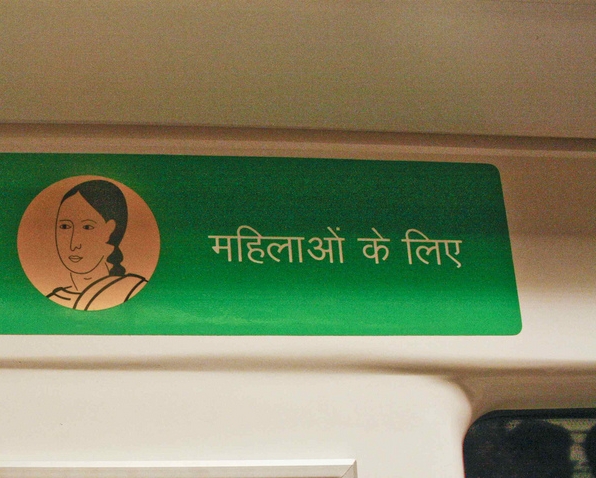
Language: hindi
Transcription: महिला के लिए ओं